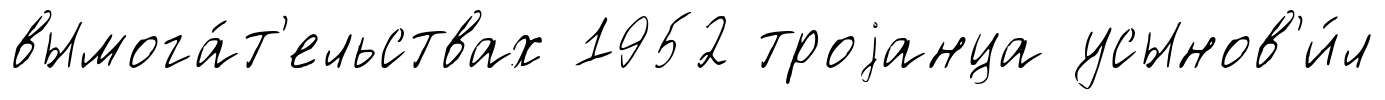
вымога́т'ельствах 1952 троjанца усынов'и́л